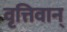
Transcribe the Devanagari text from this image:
वृत्तिवान्